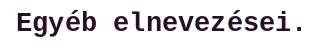
Egyéb elnevezései.